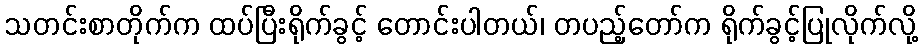
သတင်းစာတိုက်က ထပ်ပြီးရိုက်ခွင့် တောင်းပါတယ်၊ တပည့်တော်က ရိုက်ခွင့်ပြုလိုက်လို့